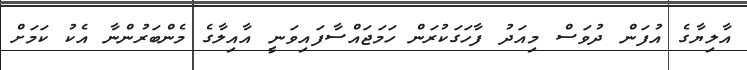
އާލިޔާގެ އުފަން ދުވަސް މިއަދު ފާހަގަކުރަން ހަމަޖައްސާފައިވަނީ އާއިލާގެ މެންބަރުންނާ އެކު ކަމަށް